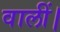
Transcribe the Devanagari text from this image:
वालीं।